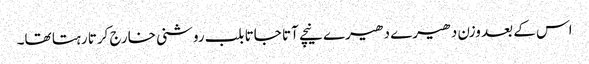
اس کے بعد وزن دھیرے دھیرے نیچے آتا جاتا بلب روشنی خارج کرتا رہتا تھا۔